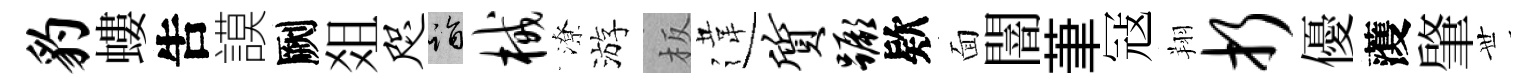
豹螻吿謨劂爼咫诣械潦游板違质蹶欵面闇茟冦翔折優𮑮肇𠀍